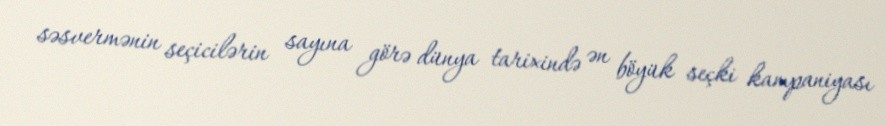
səsvermənin seçicilərin sayına görə dünya tarixində ən böyük seçki kampaniyası